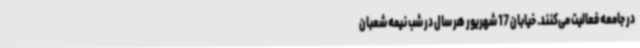
در جامعه فعالیت می‌کنند. خیابان 17 شهریور هر سال در شب نیمه شعبان